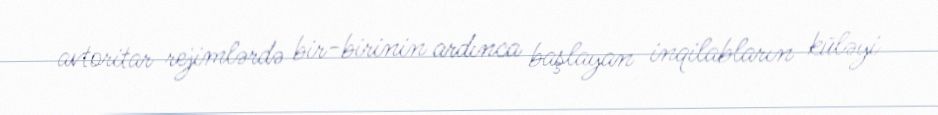
avtoritar rejimlərdə bir-birinin ardınca başlayan inqilabların küləyi